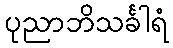
ပုညာဘိသင်္ခါရံ